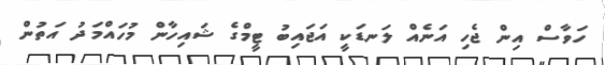
ހަވާސް އިން ޖެހި އަނެއް ލަނޑަކީ އަޖައިބު ޓީމްގެ ޝައިހާން މުހައްމަދު އަތުން